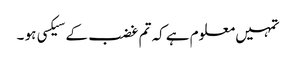
تمہیں معلوم ہے کہ تم غضب کے سیکسی ہو ۔